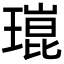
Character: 𤨾